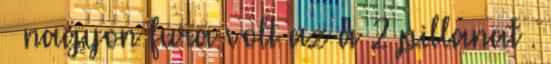
– nagyon fura volt az a 2 pillanat .